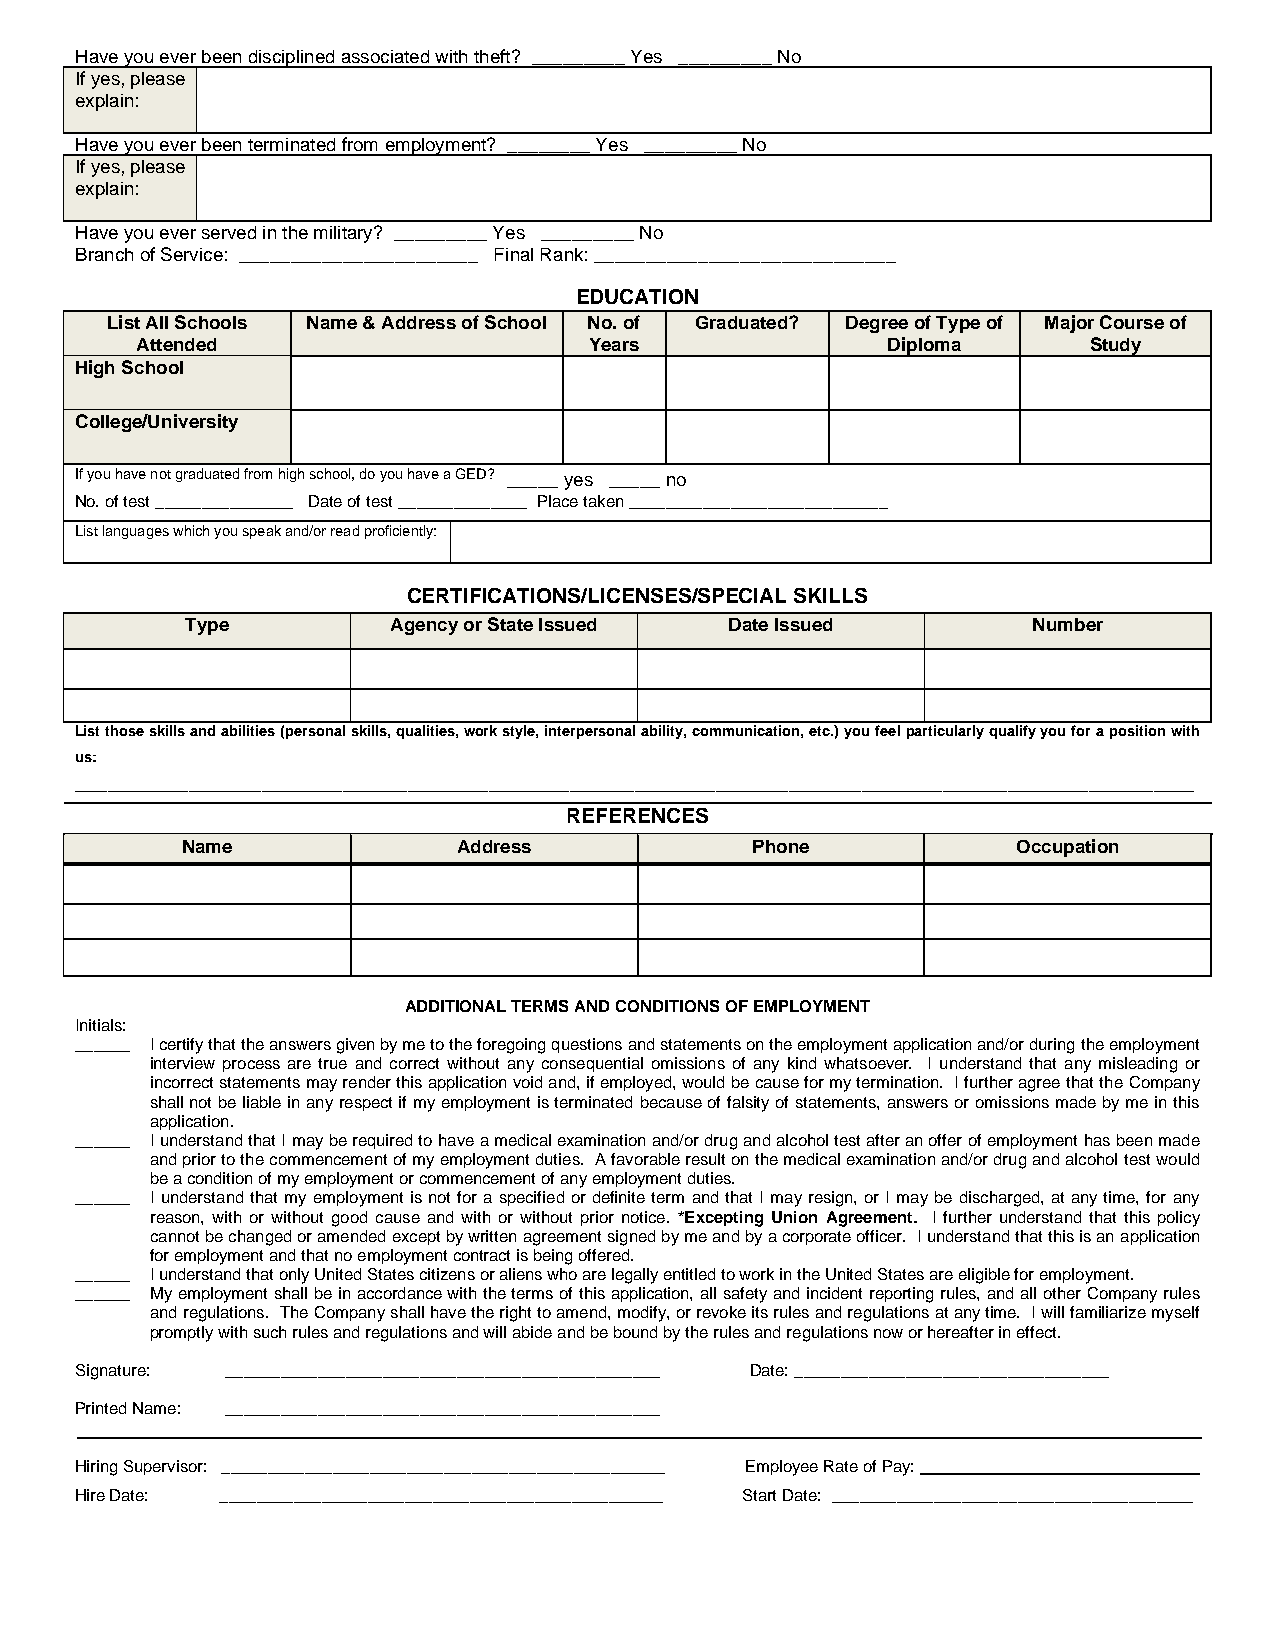
Have you ever been disciplined associated with theft? _________ Yes _________ No
 If yes, please
 explain:
 Have you ever been terminated from employment? ________ Yes _________ No
 If yes, please
 explain:
 Have you ever served in the military? _________ Yes _________ No
 Branch of Service: _______________________ Final Rank: _____________________________
 EDUCATION
 List All Schools Name & Address of School No. of Graduated? Degree of Type of Major Course of
 Attended                      Years               Diploma      Study
 High School
 College/University
 If you have not graduated from high school, do you have a GED? _____ yes _____ no
 No. of test _______________ Date of test ______________ Place taken ____________________________
 List languages which you speak and/or read proficiently:
 CERTIFICATIONS/LICENSES/SPECIAL SKILLS
 Type          Agency or State Issued Date Issued        Number
 List those skills and abilities (personal skills, qualities, work style, interpersonal ability, communication, etc.) you feel particularly qualify you for a position with
 us:
 __________________________________________________________________________________________________________________________________________
 REFERENCES
 Name              Address             Phone            Occupation
 ADDITIONAL TERMS AND CONDITIONS OF EMPLOYMENT
 Initials:
 ______ I certify that the answers given by me to the foregoing questions and statements on the employment application and/or during the employment
 interview process are true and correct without any consequential omissions of any kind whatsoever. I understand that any misleading or
 incorrect statements may render this application void and, if employed, would be cause for my termination. I further agree that the Company
 shall not be liable in any respect if my employment is terminated because of falsity of statements, answers or omissions made by me in this
 application.
 ______ I understand that I may be required to have a medical examination and/or drug and alcohol test after an offer of employment has been made
 and prior to the commencement of my employment duties. A favorable result on the medical examination and/or drug and alcohol test would
 be a condition of my employment or commencement of any employment duties.
 ______ I understand that my employment is not for a specified or definite term and that I may resign, or I may be discharged, at any time, for any
 reason, with or without good cause and with or without prior notice. *Excepting Union Agreement. I further understand that this policy
 cannot be changed or amended except by written agreement signed by me and by a corporate officer. I understand that this is an application
 for employment and that no employment contract is being offered.
 ______ I understand that only United States citizens or aliens who are legally entitled to work in the United States are eligible for employment.
 ______ My employment shall be in accordance with the terms of this application, all safety and incident reporting rules, and all other Company rules
 and regulations. The Company shall have the right to amend, modify, or revoke its rules and regulations at any time. I will familiarize myself
 promptly with such rules and regulations and will abide and be bound by the rules and regulations now or hereafter in effect.
 Signature: _______________________________________________ Date: __________________________________
 Printed Name: _______________________________________________
 Hiring Supervisor: ________________________________________________ Employee Rate of Pay:
 Hire Date: ________________________________________________ Start Date: _______________________________________